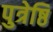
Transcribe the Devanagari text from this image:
पुत्रेष्ठि